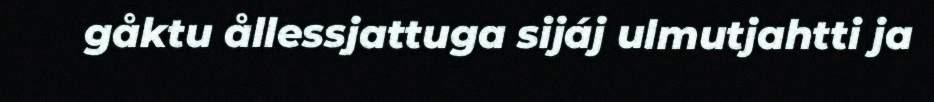
gåktu ållessjattuga sijáj ulmutjahtti ja